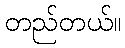
တည်တယ်။